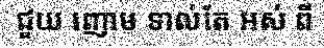
ជួយ ញោម ទាល់តែ អស់ ពី